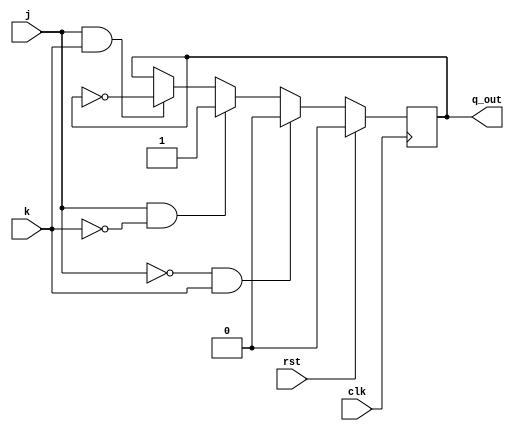
// Code your design here
module jk_ff(
  input clk,rst,j,k,
  output reg q_out);
  //reg out;
  always@(posedge clk) begin
    if(rst) 
      q_out <= 0;
    else begin
      if(j==0 && k==1)
        q_out <=0;
        
      else if(j==1 && k==0)
        q_out <=1;
        
      else if(j==1 && k==1)
        q_out <=~q_out;
    end
  end
  //assign q_out = out;
endmodule